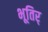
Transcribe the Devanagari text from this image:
भूतिर्